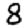
Digit: 8